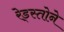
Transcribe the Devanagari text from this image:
रेड्स्तोने